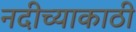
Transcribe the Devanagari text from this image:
नदीच्याकाठी